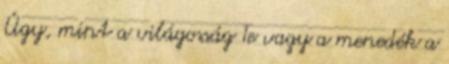
Úgy, mint a világosság Te vagy a menedék a